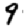
Digit: 9